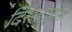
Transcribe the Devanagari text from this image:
दिसताहेत